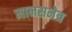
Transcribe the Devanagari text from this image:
मानसनेत्र